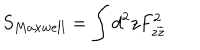
S _ { M a x w e l l } = \int d ^ { 2 } z F _ { z \overline { { { z } } } } ^ { 2 }